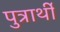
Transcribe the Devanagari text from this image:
पुत्रार्थी